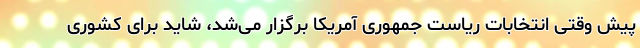
پیش وقتی انتخابات ریاست جمهوری آمریکا برگزار می‌شد، شاید برای کشوری